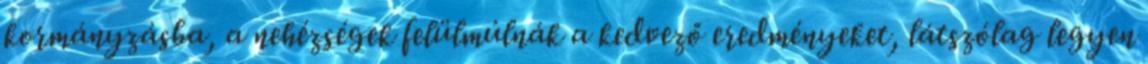
kormányzásba, a nehézségek felülmúlnák a kedvező eredményeket, látszólag legyen